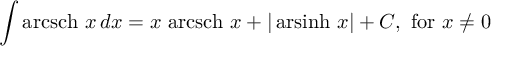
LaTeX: \int \operatorname { a r c s c h } \, x \, d x = x \, \operatorname { a r c s c h } \, x + \vert \operatorname { a r s i n h } \, x \vert + C , { \mathrm { ~ f o r ~ } } x \neq 0